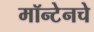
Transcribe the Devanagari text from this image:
मॉन्टेनचे